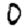
Digit: 0